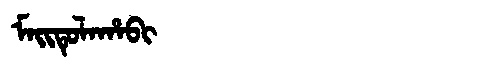
Manchu: ᠮᠠᡳᡨᡠᠯᠠᡥᠠᠪᡳ
Romanization: MAITULAHABI